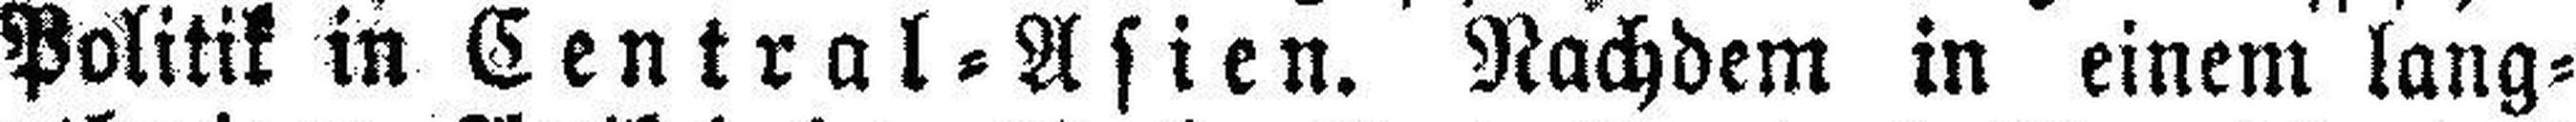
Politik in Central=Asien. Nachdem in einem lang¬